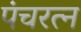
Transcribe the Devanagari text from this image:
पंचरत्‍न